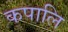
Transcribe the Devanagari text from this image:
कपालि